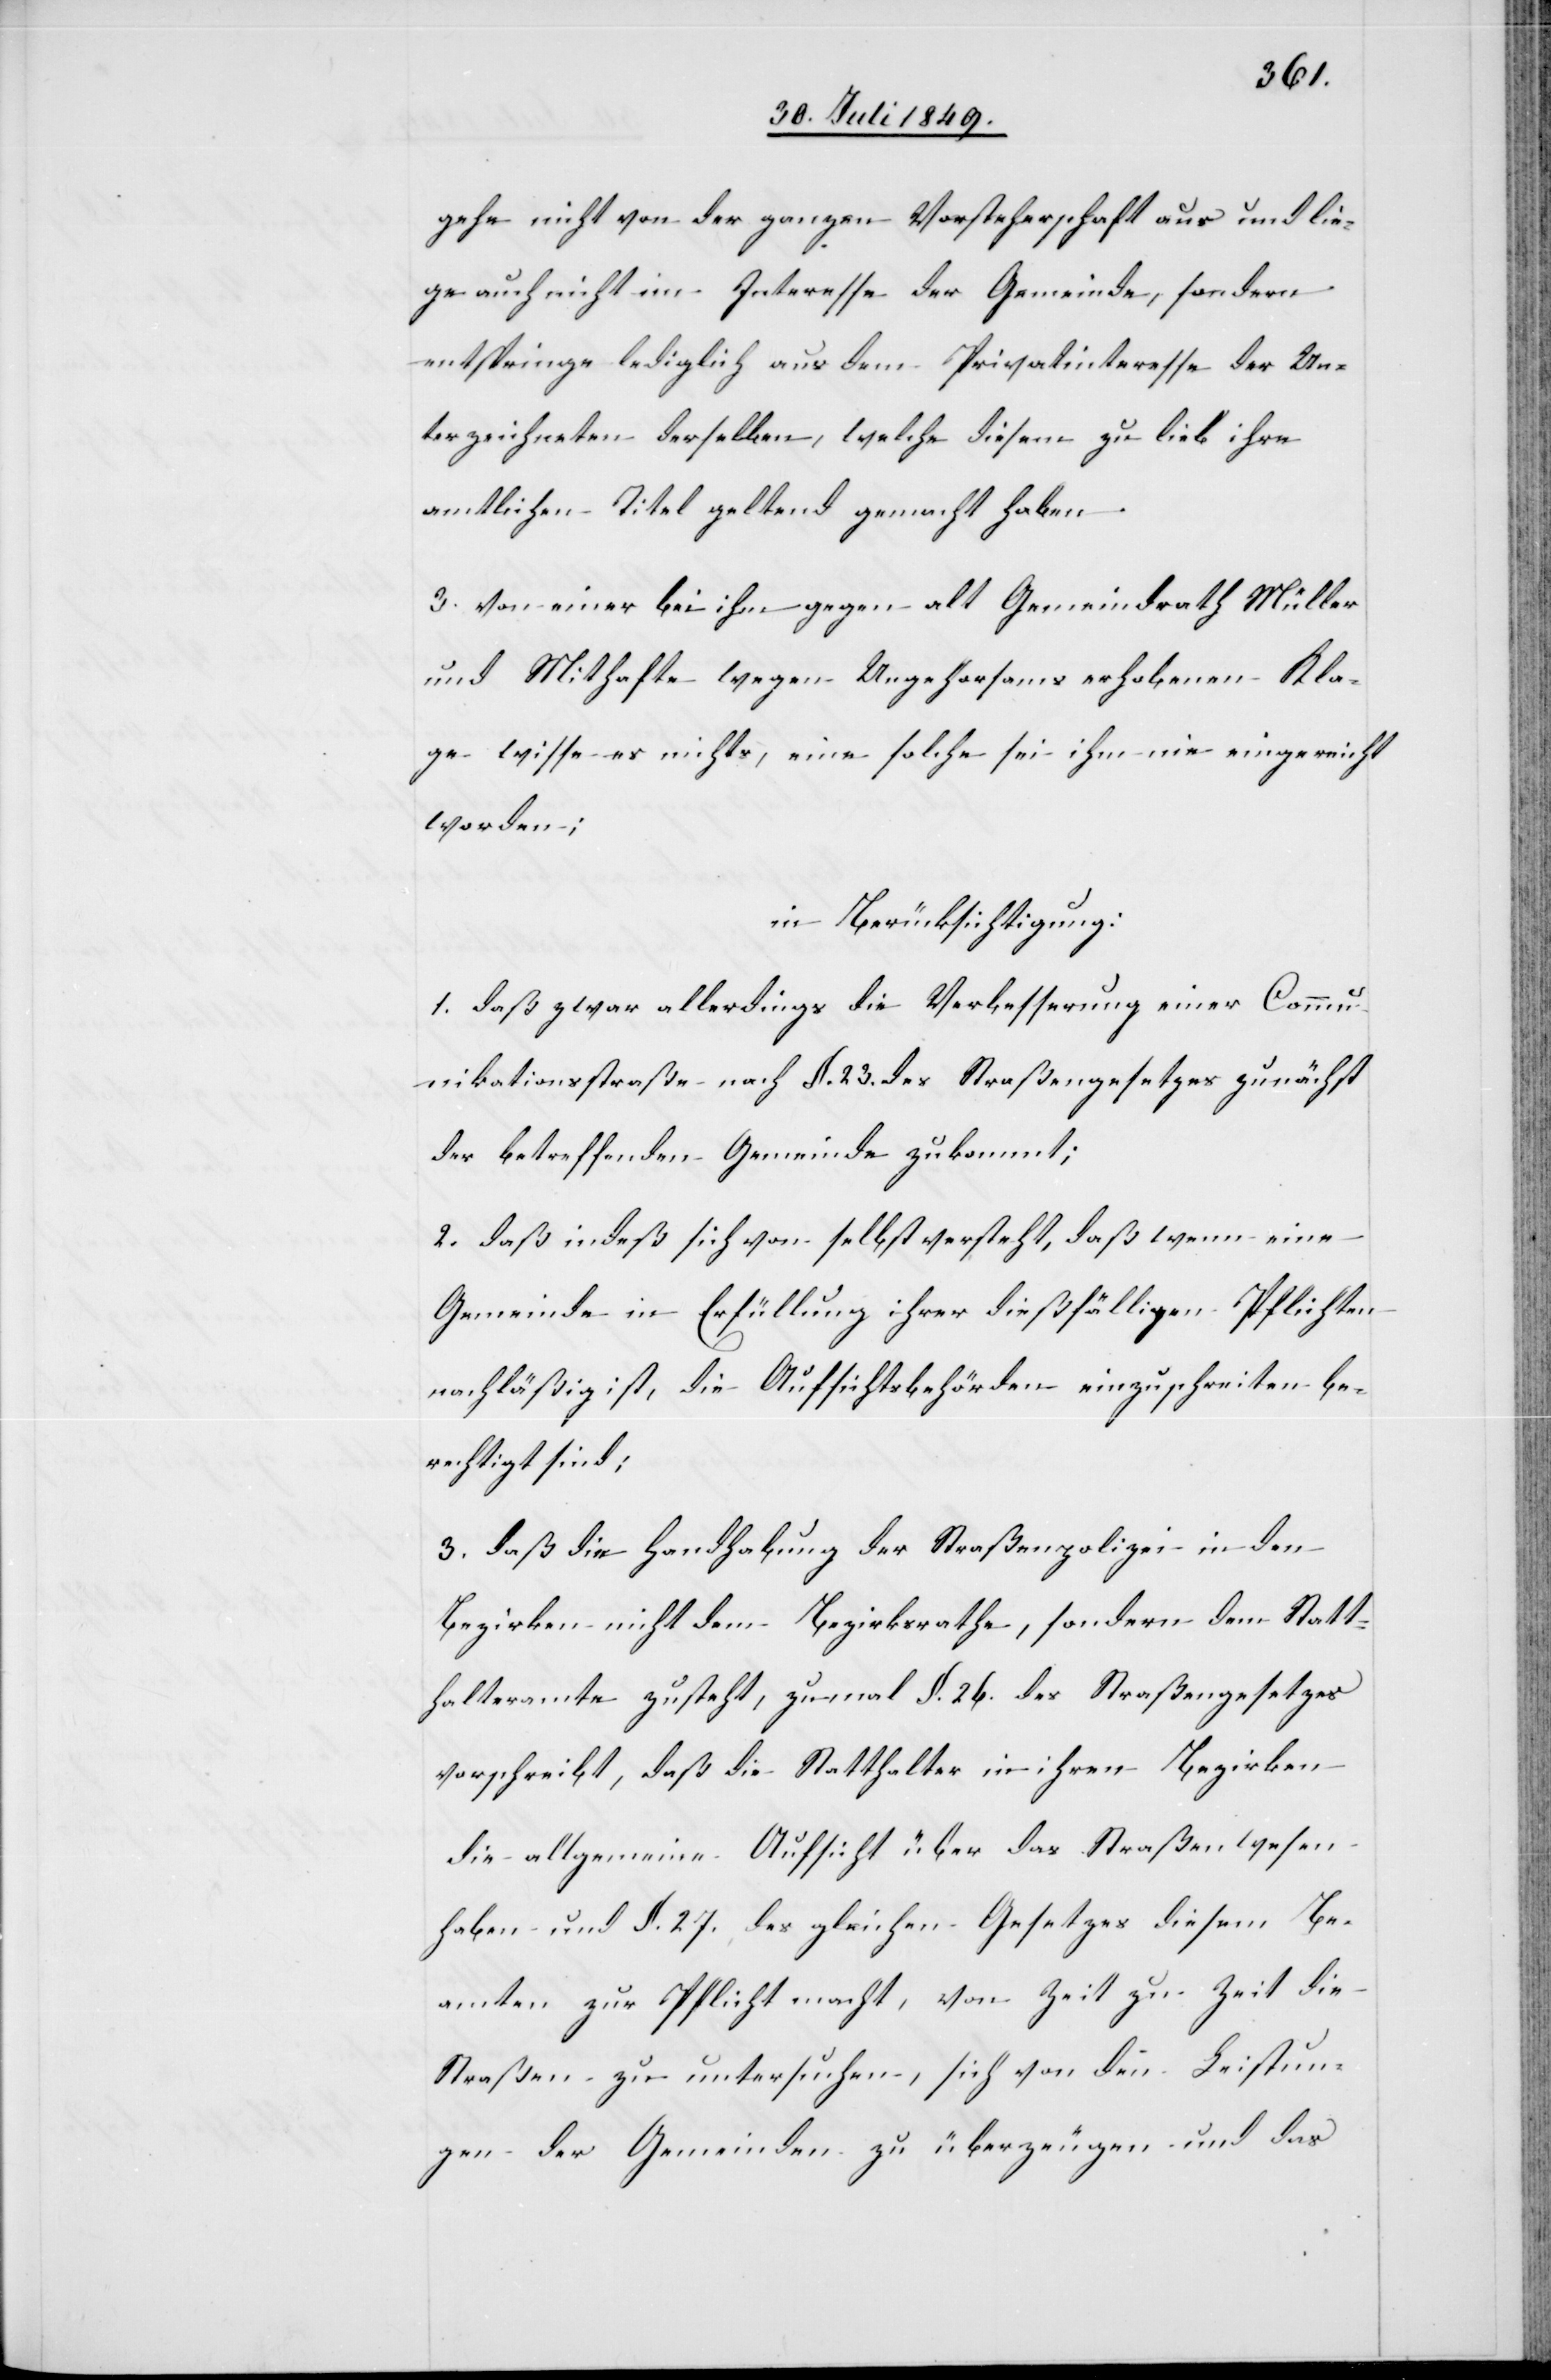
gehe nicht von der ganzen Vorsteherschaft aus und lie¬
ge auch nicht im Interesse der Gemeinde, sondern
entspringe lediglich aus dem Privatinteresse der Un¬
terzeichneten derselben, welche diesem zu lieb ihre
amtlichen Titel geltend gemacht haben.
3. von einer bei ihm gegen alt Gemeindrath Müller
und Mithafte wegen Ungehorsams erhobenen Kla¬
gen wisse er nichts, eine solche sei ihm nie eingereicht
worden,
in Berücksichtigung:
1. daß zwar allerdings die Verbesserung einer Commu¬
nikationsstraße nach §. 23. des Straßengesetzes zunächst
der betreffenden Gemeinde zukommt;
2. daß indeß sich von selbst versteht, daß wenn eine
Gemeinde in Erfüllung ihrer dießfälligen Pflichten
nachläßig ist, die Aufsichtsbehörden einzuschreiten be¬
rechtigt sind;
3. daß die Handhabung der Straßenpolizei in den
Bezirken nicht dem Bezirksrathe, sondern dem Statt¬
halteramte zusteht, zumal §. 26. des Straßengesetzes
vorschreibt, daß die Statthalter in ihren Bezirken
die allgemeine Aufsicht über das Straßenwesen
haben und §. 27. des gleichen Gesetzes diesem Be¬
amten zur Pflicht macht, von Zeit zu Zeit die
Straßen zu untersuchen, sich von den Leistun¬
gen der Gemeinden zu überzeugen und das